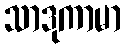
သာဒုကာမာ